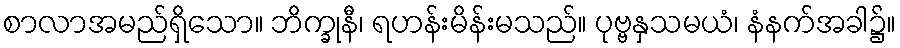
စာလာအမည်ရှိသော။ ဘိက္ခုနီ၊ ရဟန်းမိန်းမသည်။ ပုဗ္ဗနှသမယံ၊ နံနက်အခါ၌။